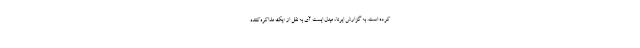
کرده است. به گزارش ایرنا، میدل ایست آی به نقل از «یک مذاکره‌کننده